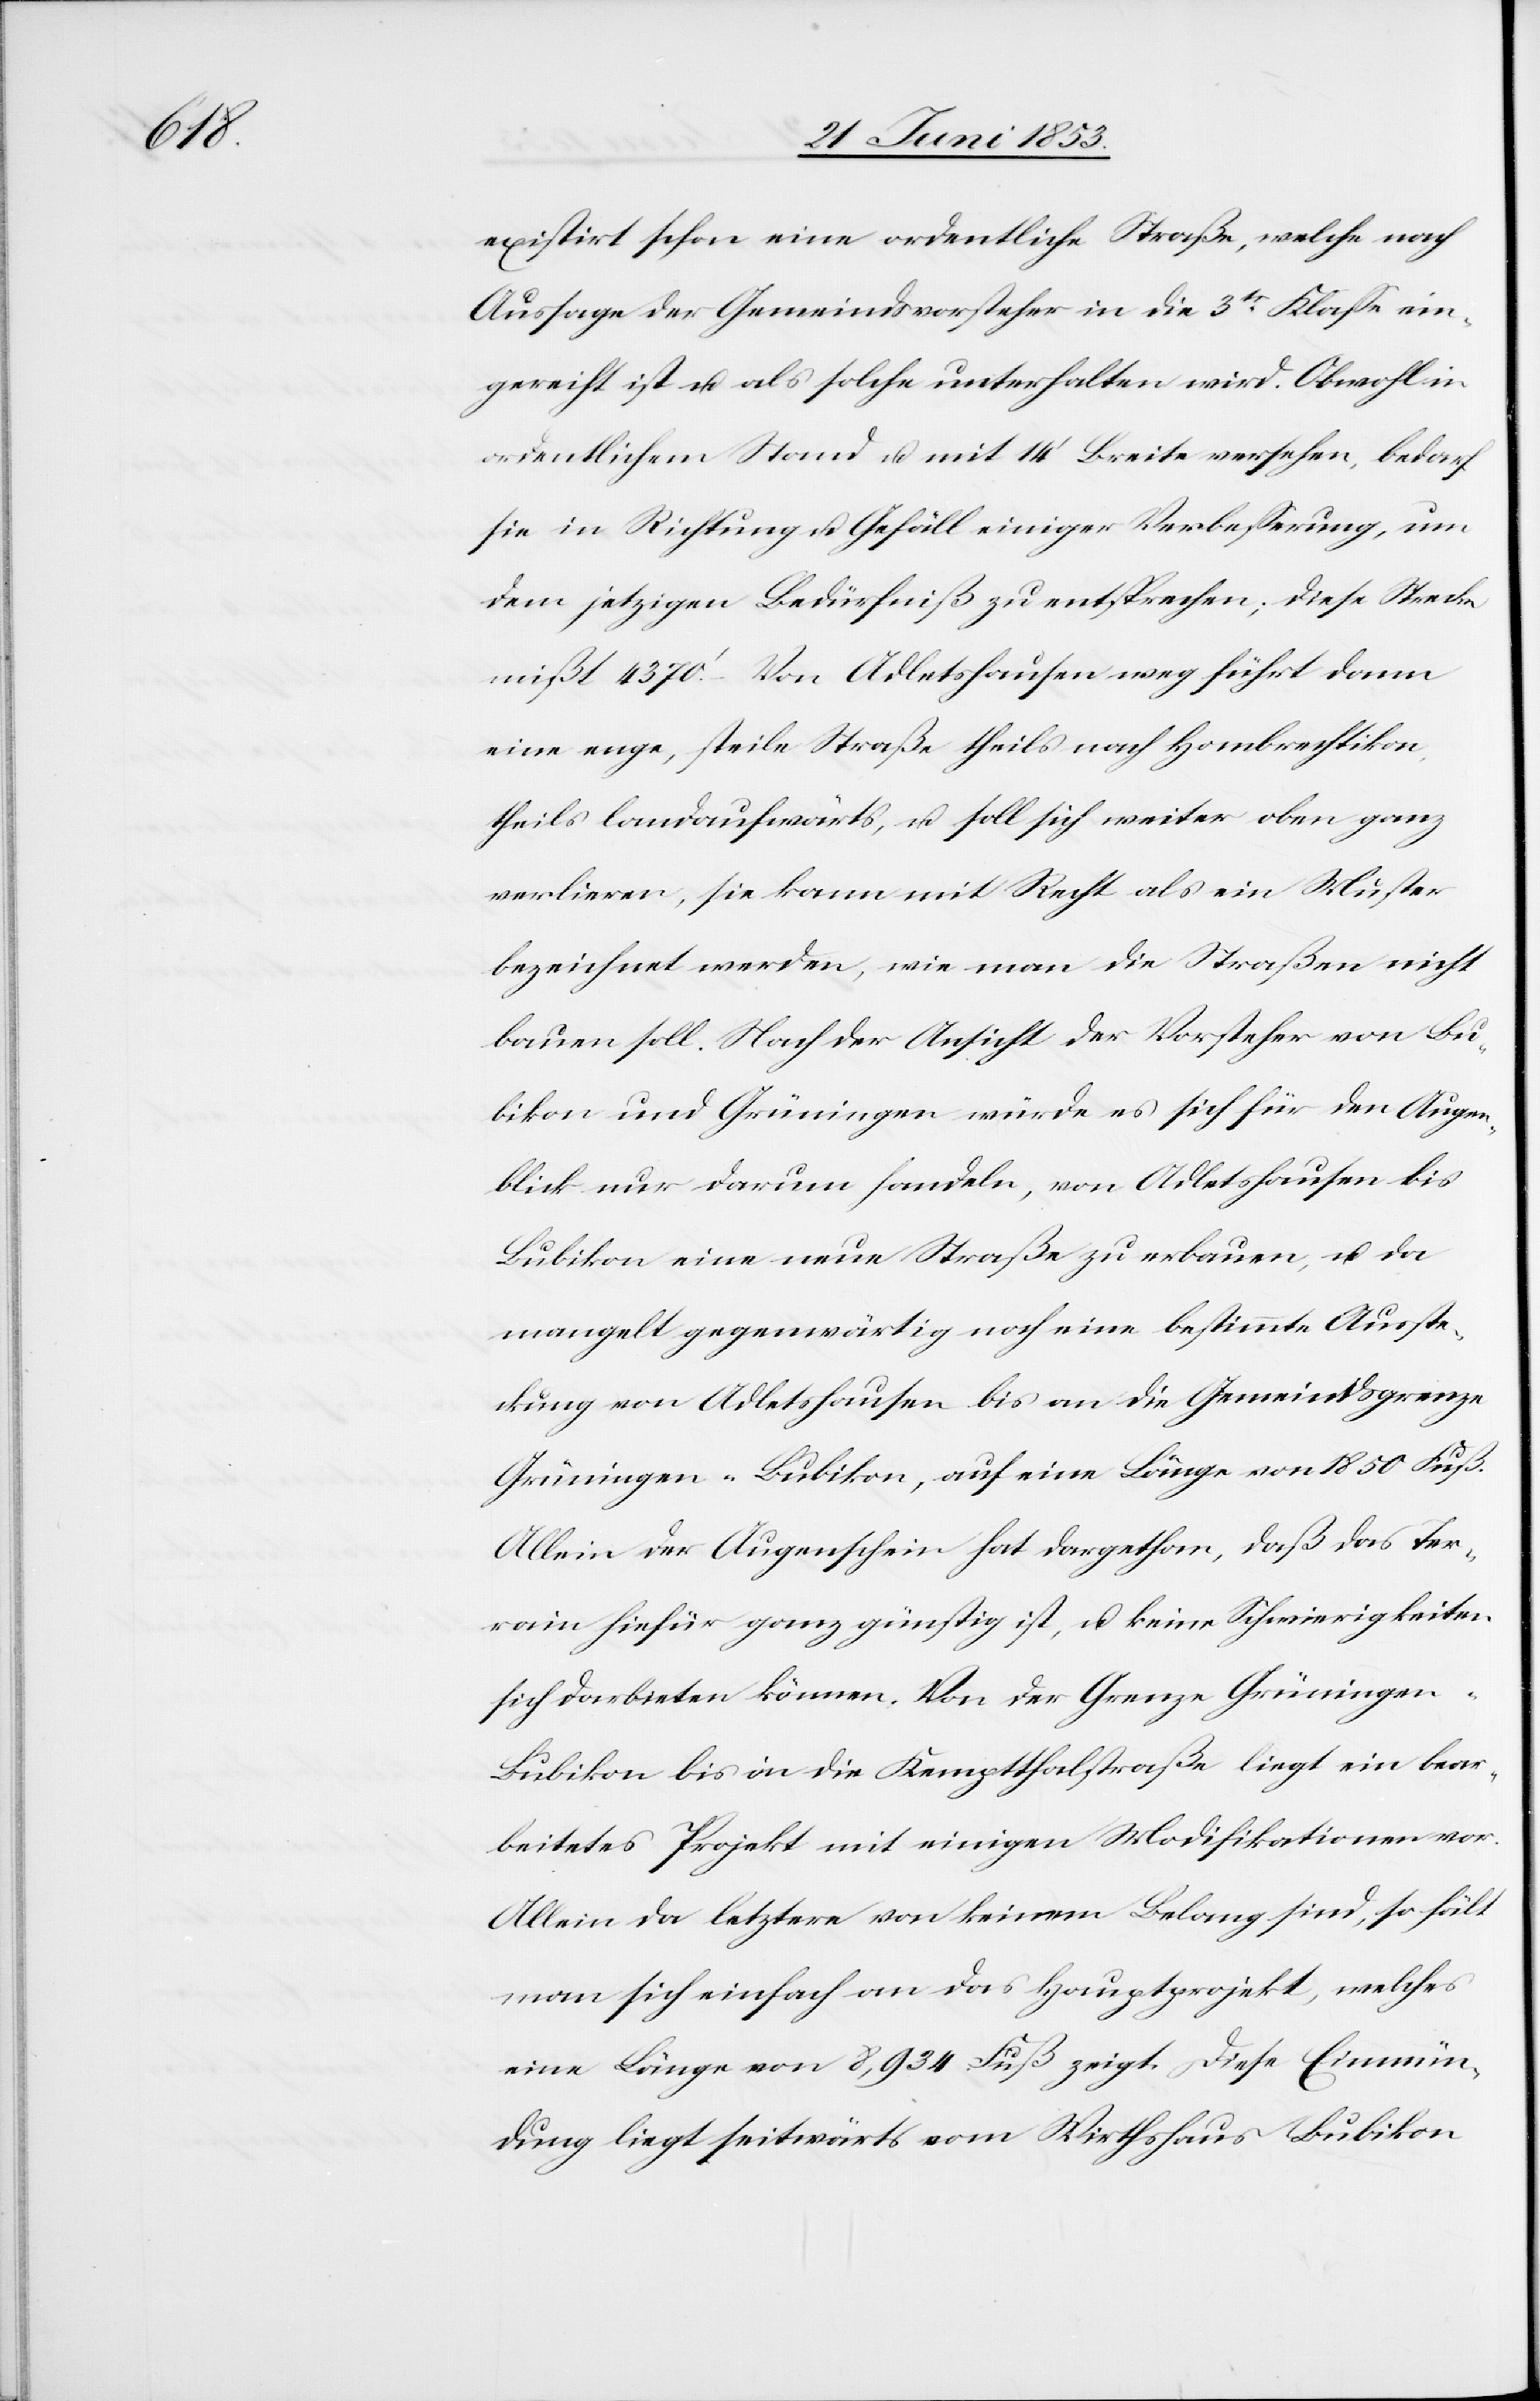
existirt schon eine ordentliche Straße, welche nach
Aussage der Gemeindsvorsteher in die 3tr. Klaße ein¬
gereiht ist u. als solche unterhalten wird. Obwohl in
ordentlichem Stand u. mit 14’ Breite versehen, bedarf
sie in Richtung u. Gefäll einiger Verbeßerung, um
dem jetzigen Bedürfniß zu entsprechen; diese Strecke
mißt 4370’. Von Adletshausen weg führt dann
eine enge, steile Straße theils nach Hombrechtikon,
theils landaufwärts, u. soll sich weiter oben ganz
verlieren, sie kann mit Recht als ein Muster
bezeichnet werden, wie man die Straßen nicht
bauen soll. Nach der Ansicht der Vorsteher von Bu¬
bikon und Grüningen würde es sich für den Augen¬
blick nur darum handeln, von Adletshausen bis
Bubikon eine neue Straße zu erbauen, u. da
mangelt gegenwärtig noch eine bestimmte Ausste¬
ckung von Adletshausen bis an die Gemeindsgrenze
Grüningen-Bubikon, auf eine Länge von 1850 Fuß.
Allein der Augenschein hat dargethan, daß das Ter¬
rain hiefür ganz günstig ist, u. keine Schwierigkeiten
sich darbieten können. Von der Grenze Grüningen-B¬
ubikon bis an die Kemptthalstraße liegt ein bear¬
beitetes Projekt mit einigen Modifikationen vor.
Allein da letztere von keinem Belang sind, so hält
man sich einfach an das Hauptprojekt, welches
eine Länge von 8,934 Fuß zeigt. Diese Einmün¬
dung liegt seitwärts vom Wirthhaus Bubikon